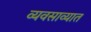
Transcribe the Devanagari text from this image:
व्यवसाव्यात